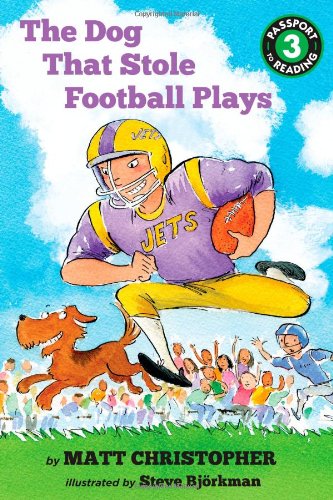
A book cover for The Dog That Stole Football Plays (Passport to Reading Level 3); Matt Christopher; Children's Books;